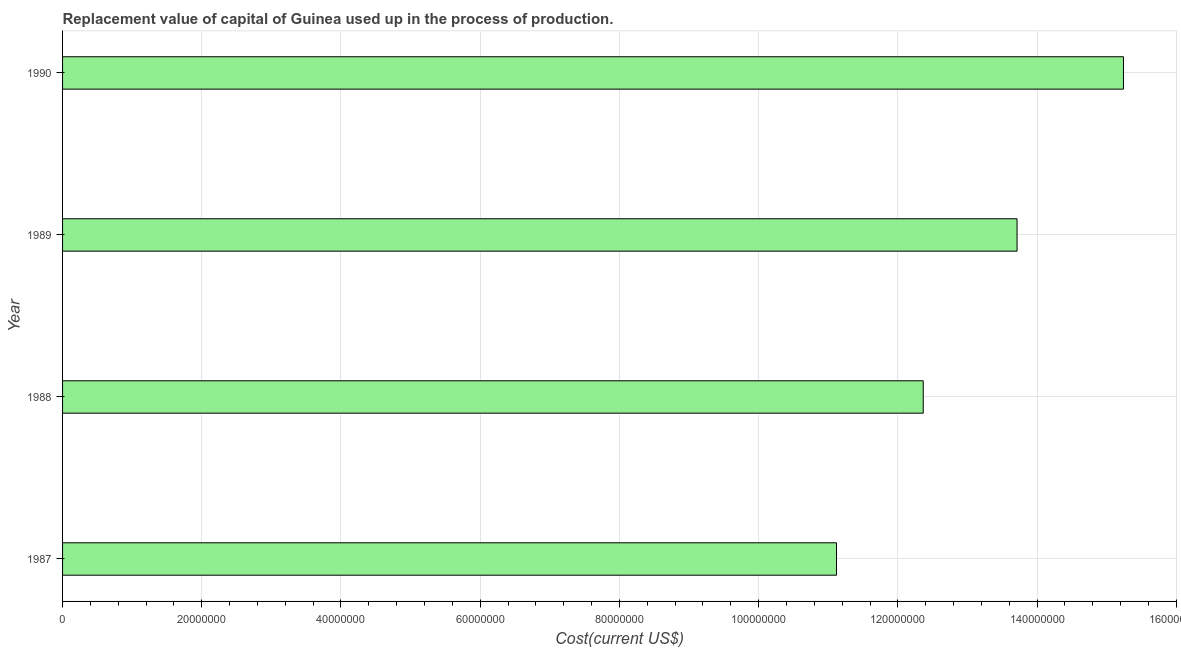
| Year | Consumption of fixed capital |
 | --- | --- |
 | 1987 | 1.11e+08 |
 | 1988 | 1.24e+08 |
 | 1989 | 1.37e+08 |
 | 1990 | 1.52e+08 |